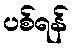
ပစ်ရန်